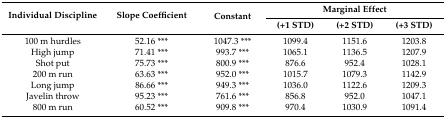
<table><thead><tr><td rowspan="2"><b>Individual Discipline</b></td><td rowspan="2"><b>Slope Coefficient</b></td><td rowspan="2"><b>Constant</b></td><td colspan="3"><b>Marginal Effect</b></td></tr><tr><td><b>(+1 STD)</b></td><td><b>(+2 STD)</b></td><td><b>(+3 STD)</b></td></tr></thead><tbody><tr><td>100 m hurdles</td><td>52.16 ***</td><td>1047.3 ***</td><td>1099.4</td><td>1151.6</td><td>1203.8</td></tr><tr><td>High jump</td><td>71.41 ***</td><td>993.7 ***</td><td>1065.1</td><td>1136.5</td><td>1207.9</td></tr><tr><td>Shot put</td><td>75.73 ***</td><td>800.9 ***</td><td>876.6</td><td>952.4</td><td>1028.1</td></tr><tr><td>200 m run</td><td>63.63 ***</td><td>952.0 ***</td><td>1015.7</td><td>1079.3</td><td>1142.9</td></tr><tr><td>Long jump</td><td>86.66 ***</td><td>949.3 ***</td><td>1036.0</td><td>1122.6</td><td>1209.3</td></tr><tr><td>Javelin throw</td><td>95.23 ***</td><td>761.6 ***</td><td>856.8</td><td>952.0</td><td>1047.1</td></tr><tr><td>800 m run</td><td>60.52 ***</td><td>909.8 ***</td><td>970.4</td><td>1030.9</td><td>1091.4</td></tr></tbody></table>